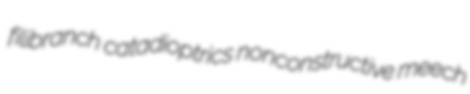
filibranch catadioptrics nonconstructive meech